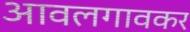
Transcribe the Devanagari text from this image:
आवलगावकर